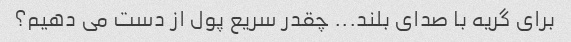
برای گریه با صدای بلند... چقدر سریع پول از دست می دهیم؟